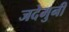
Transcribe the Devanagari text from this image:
जदेमुनी